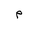
Letter: _mim